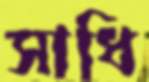
সাধি